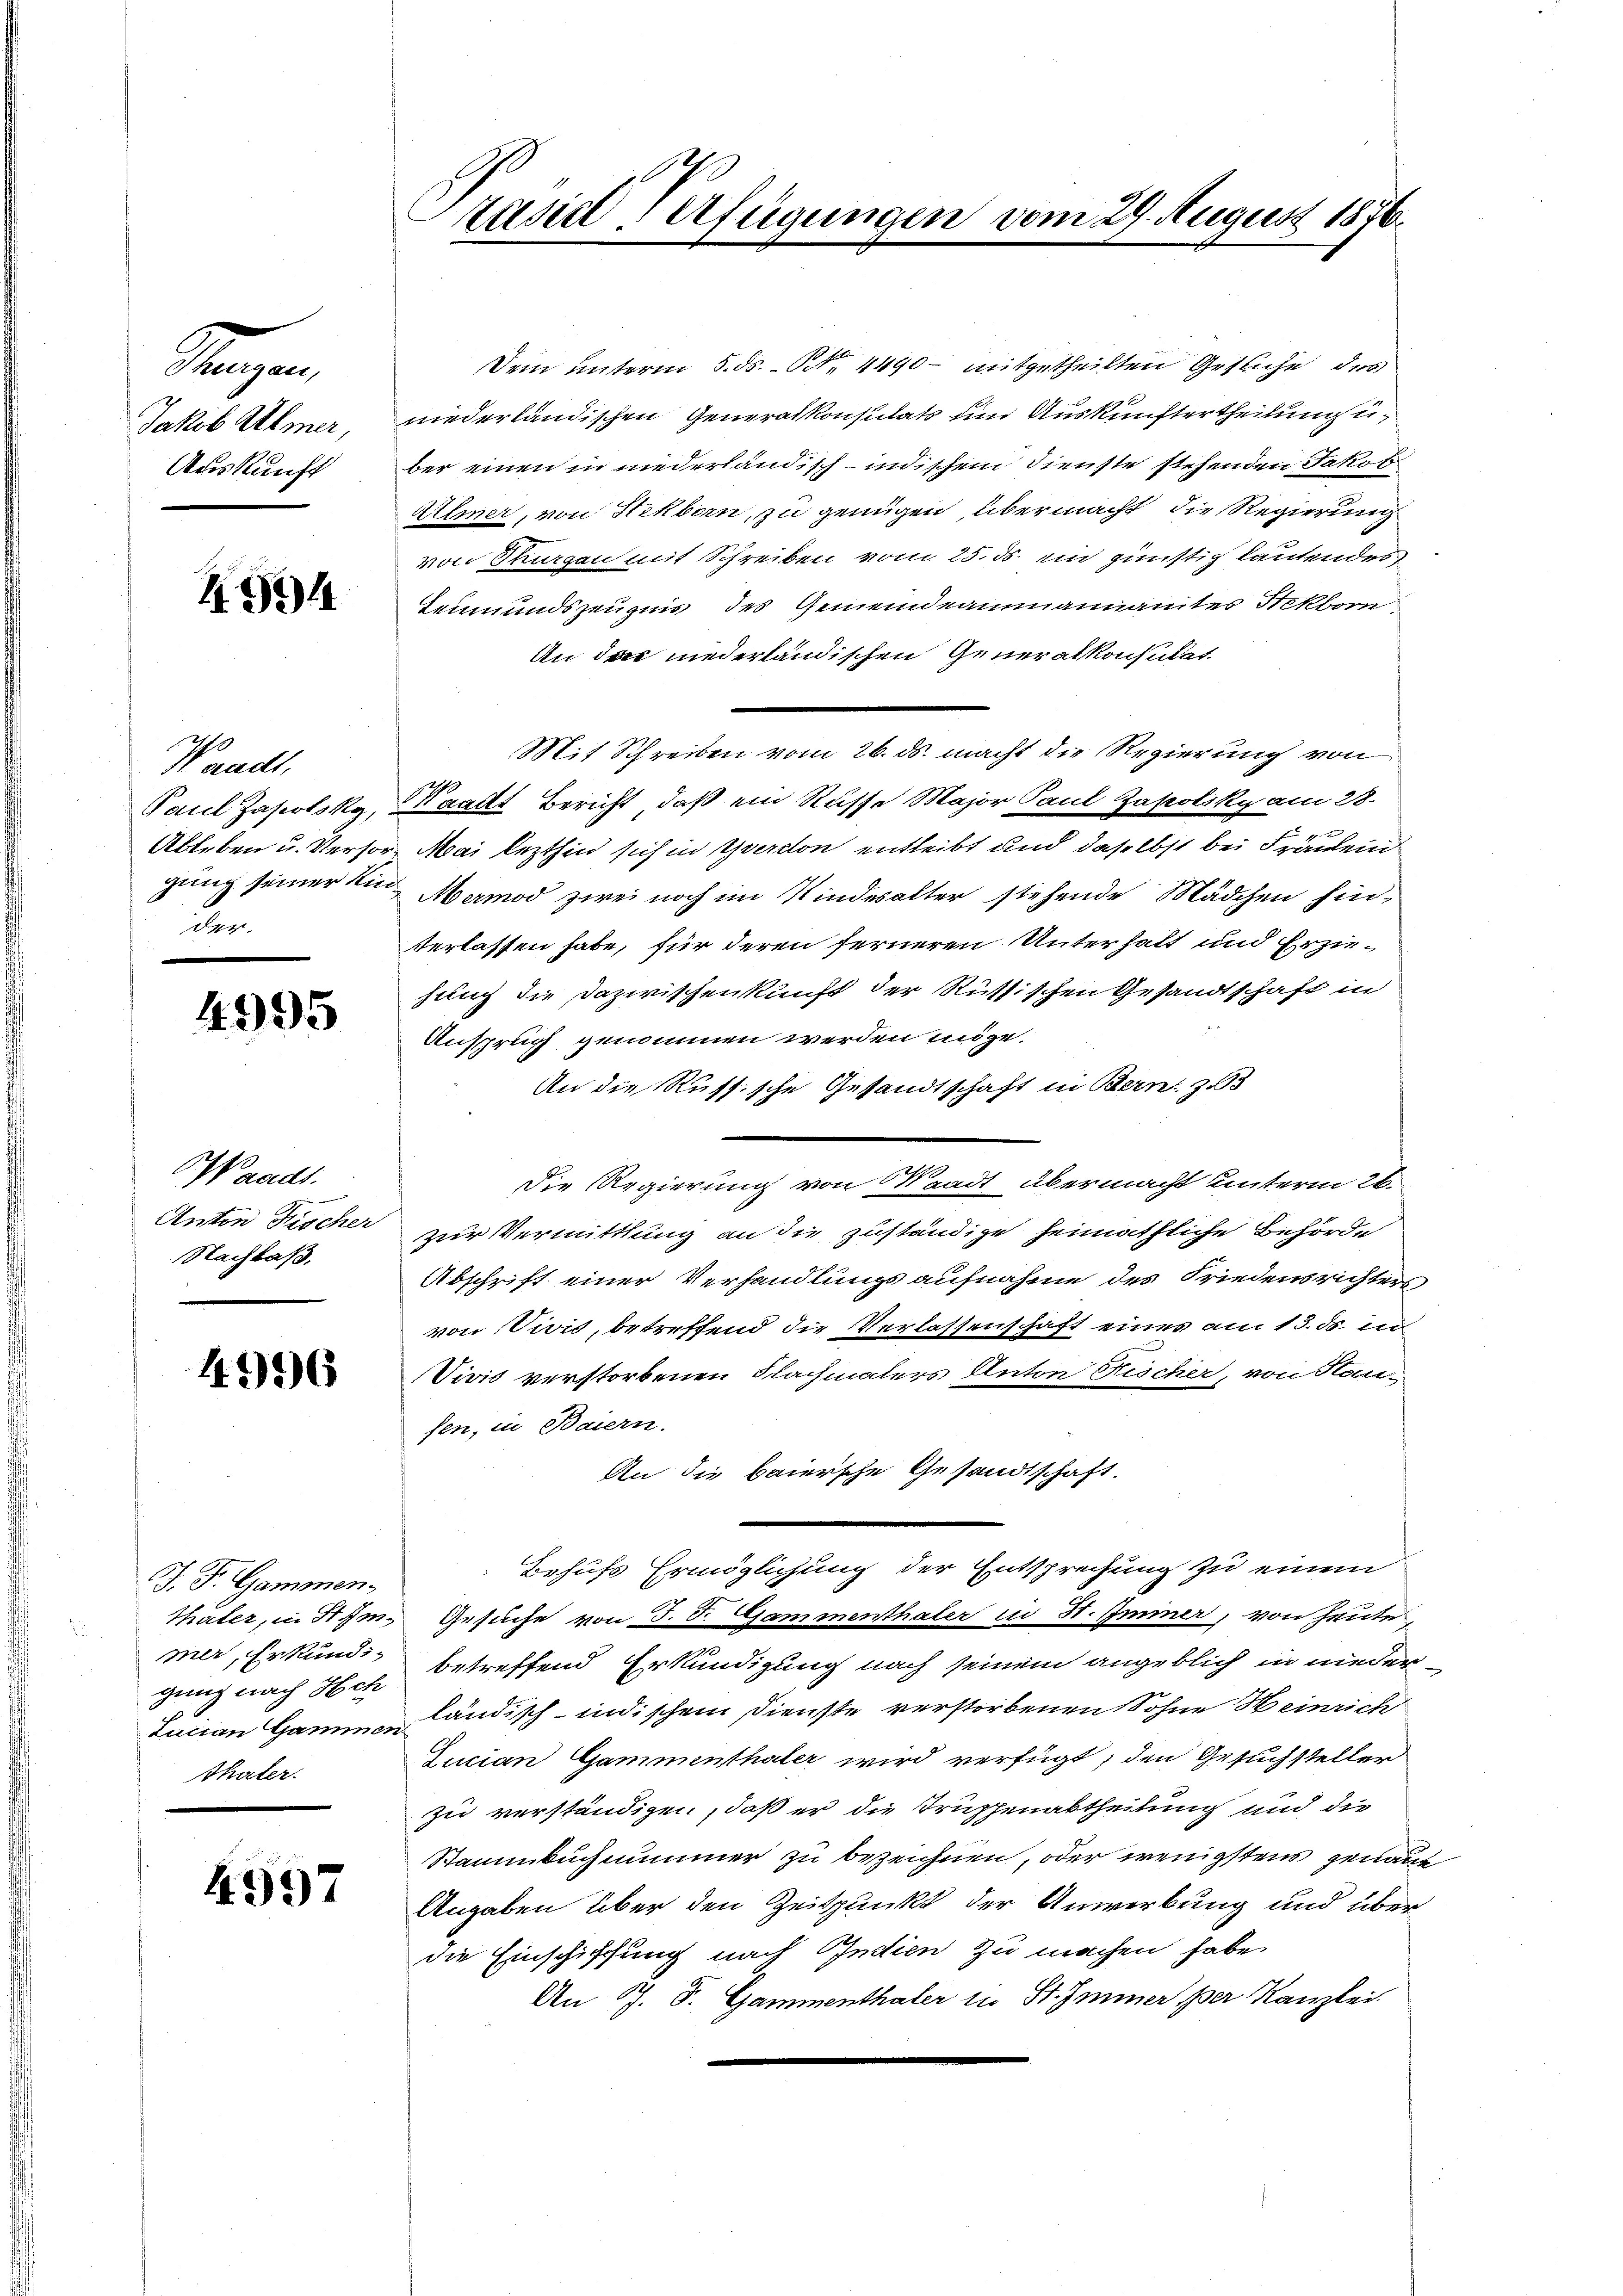
Segen
Jakob Ulmer,
Auskunft

454

Weracht,
Pauel Jasolsky,
Ableben u. Versorgung seiner Kinder

4995

Waadt.
Anton Fischer
Nachbaß,

496

J. F. Gammen.
Thaler, in Stimmer, Erkundi-
gung nach Hch
Lucian Gammen
Thäter.

4997

Stasie erfügungen vom 29. August 1836.

Dein unterm 5. ds. Art. 4490 - mitgetheilten Gesuche des
niederländischen Generalkonsulats und Auskünftertheilung u.
ber einen in niederländisch-indischem Dienste stehenden Jakob
Allmer, von Hekborn, zu genügen übermacht, die Regierung
von Sturgen mit Schreiben vom 25. ds. ein günstig lautendes
Leumundszeugnis des Gemeindeammannamtes Nekborn
An das niederländischen Generalkonsulat
Mit Schreiben vom 26. ds. macht die Regierung von
Waadt Bericht, daß ein Russe Major Paul Zapoliky am 28.
Mai lezthin sich in Yverdon entleibt und daselbst bei Fräulend
Mermod zwei noch im Kindesalter stehende Mädchen hin-
verlassen habe, für deren ferneren Unterhalt und Erziesung die Dazwischenkunft der Russischen Gesandtschaft in
Anspruch genommen werden möge.
An die Russische Gesandtschaft in Bern: z.93
Die Regierung von Waadt übermacht unterm 26.
zur Vermittlung an die zuständige heimathliche Behörde
Abschrift einer Verhandlungsaufnahme des Friedensrichters
von Divis, betreffend die Verlassenschaft eines am 13. ds. in
Vivić verstorbenen Flachmalers Anton Rischer, von Han-
sen, in Baiern.
An die baiersche Gesandtschaft.
Behufs Ermöglichung der Entsprechung zu einem
Gesuche von 3. St. Gammenthaler in St. Immer, von heute
betreffend Erkundigung nach seinem angeblich in niederländisch-indischem Dienste verstorbenen Sohne Heinrich
Zucian Gammenthaler wird verfügt, den Gesuchsteller
zu verständigen, daß er die Trupfenabtheilung und die
Stammbugnummer zu bezeichnen, oder wenigstens genaut
Angaben über den Zeitpunkt der Anwerbung und über
die Einschiffung nach Indien zu machen habe.
An J. F. Gammenthaler in St. Immer per Kanzlei.